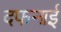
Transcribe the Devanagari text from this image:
दफनाई